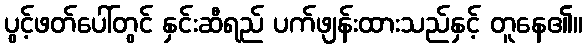
ပွင့်ဖတ်ပေါ်တွင် နှင်းဆီရည် ပက်ဖျန်းထားသည်နှင့် တူနေ၏။